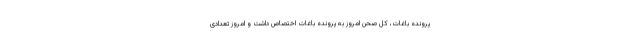
پرونده باغات، کل صحن امروز به پرونده باغات اختصاص داشت و امروز تعدادی